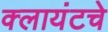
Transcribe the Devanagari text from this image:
क्लायंटचे